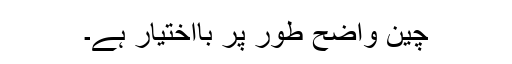
چین واضح طور پر بااختیار ہے۔